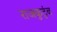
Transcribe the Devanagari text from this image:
राजकुटुंब